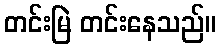
တင်းမြဲ တင်းနေသည်။